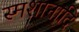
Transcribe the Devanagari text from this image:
स्मशानादि